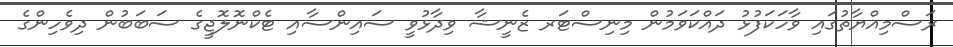
ރަސްމިއްޔާތުގައި ވާހަކަފުޅު ދައްކަވަމުން މިނިސްޓަރ ޒެނީޝާ ވިދާޅުވީ ސައިންސާއި ޓެކްނޮލޮޖީގެ ސަބަބުން ދިވެހިންގެ